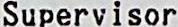
SUPERVISOR